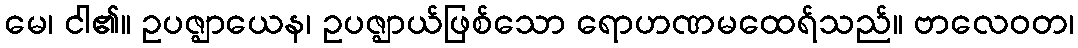
မေ၊ ငါ၏။ ဥပဇ္ဈာယေန၊ ဥပဇ္ဈာယ်ဖြစ်သော ရောဟဏမထေရ်သည်။ ဗာလေဝတ၊